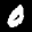
Label: 0